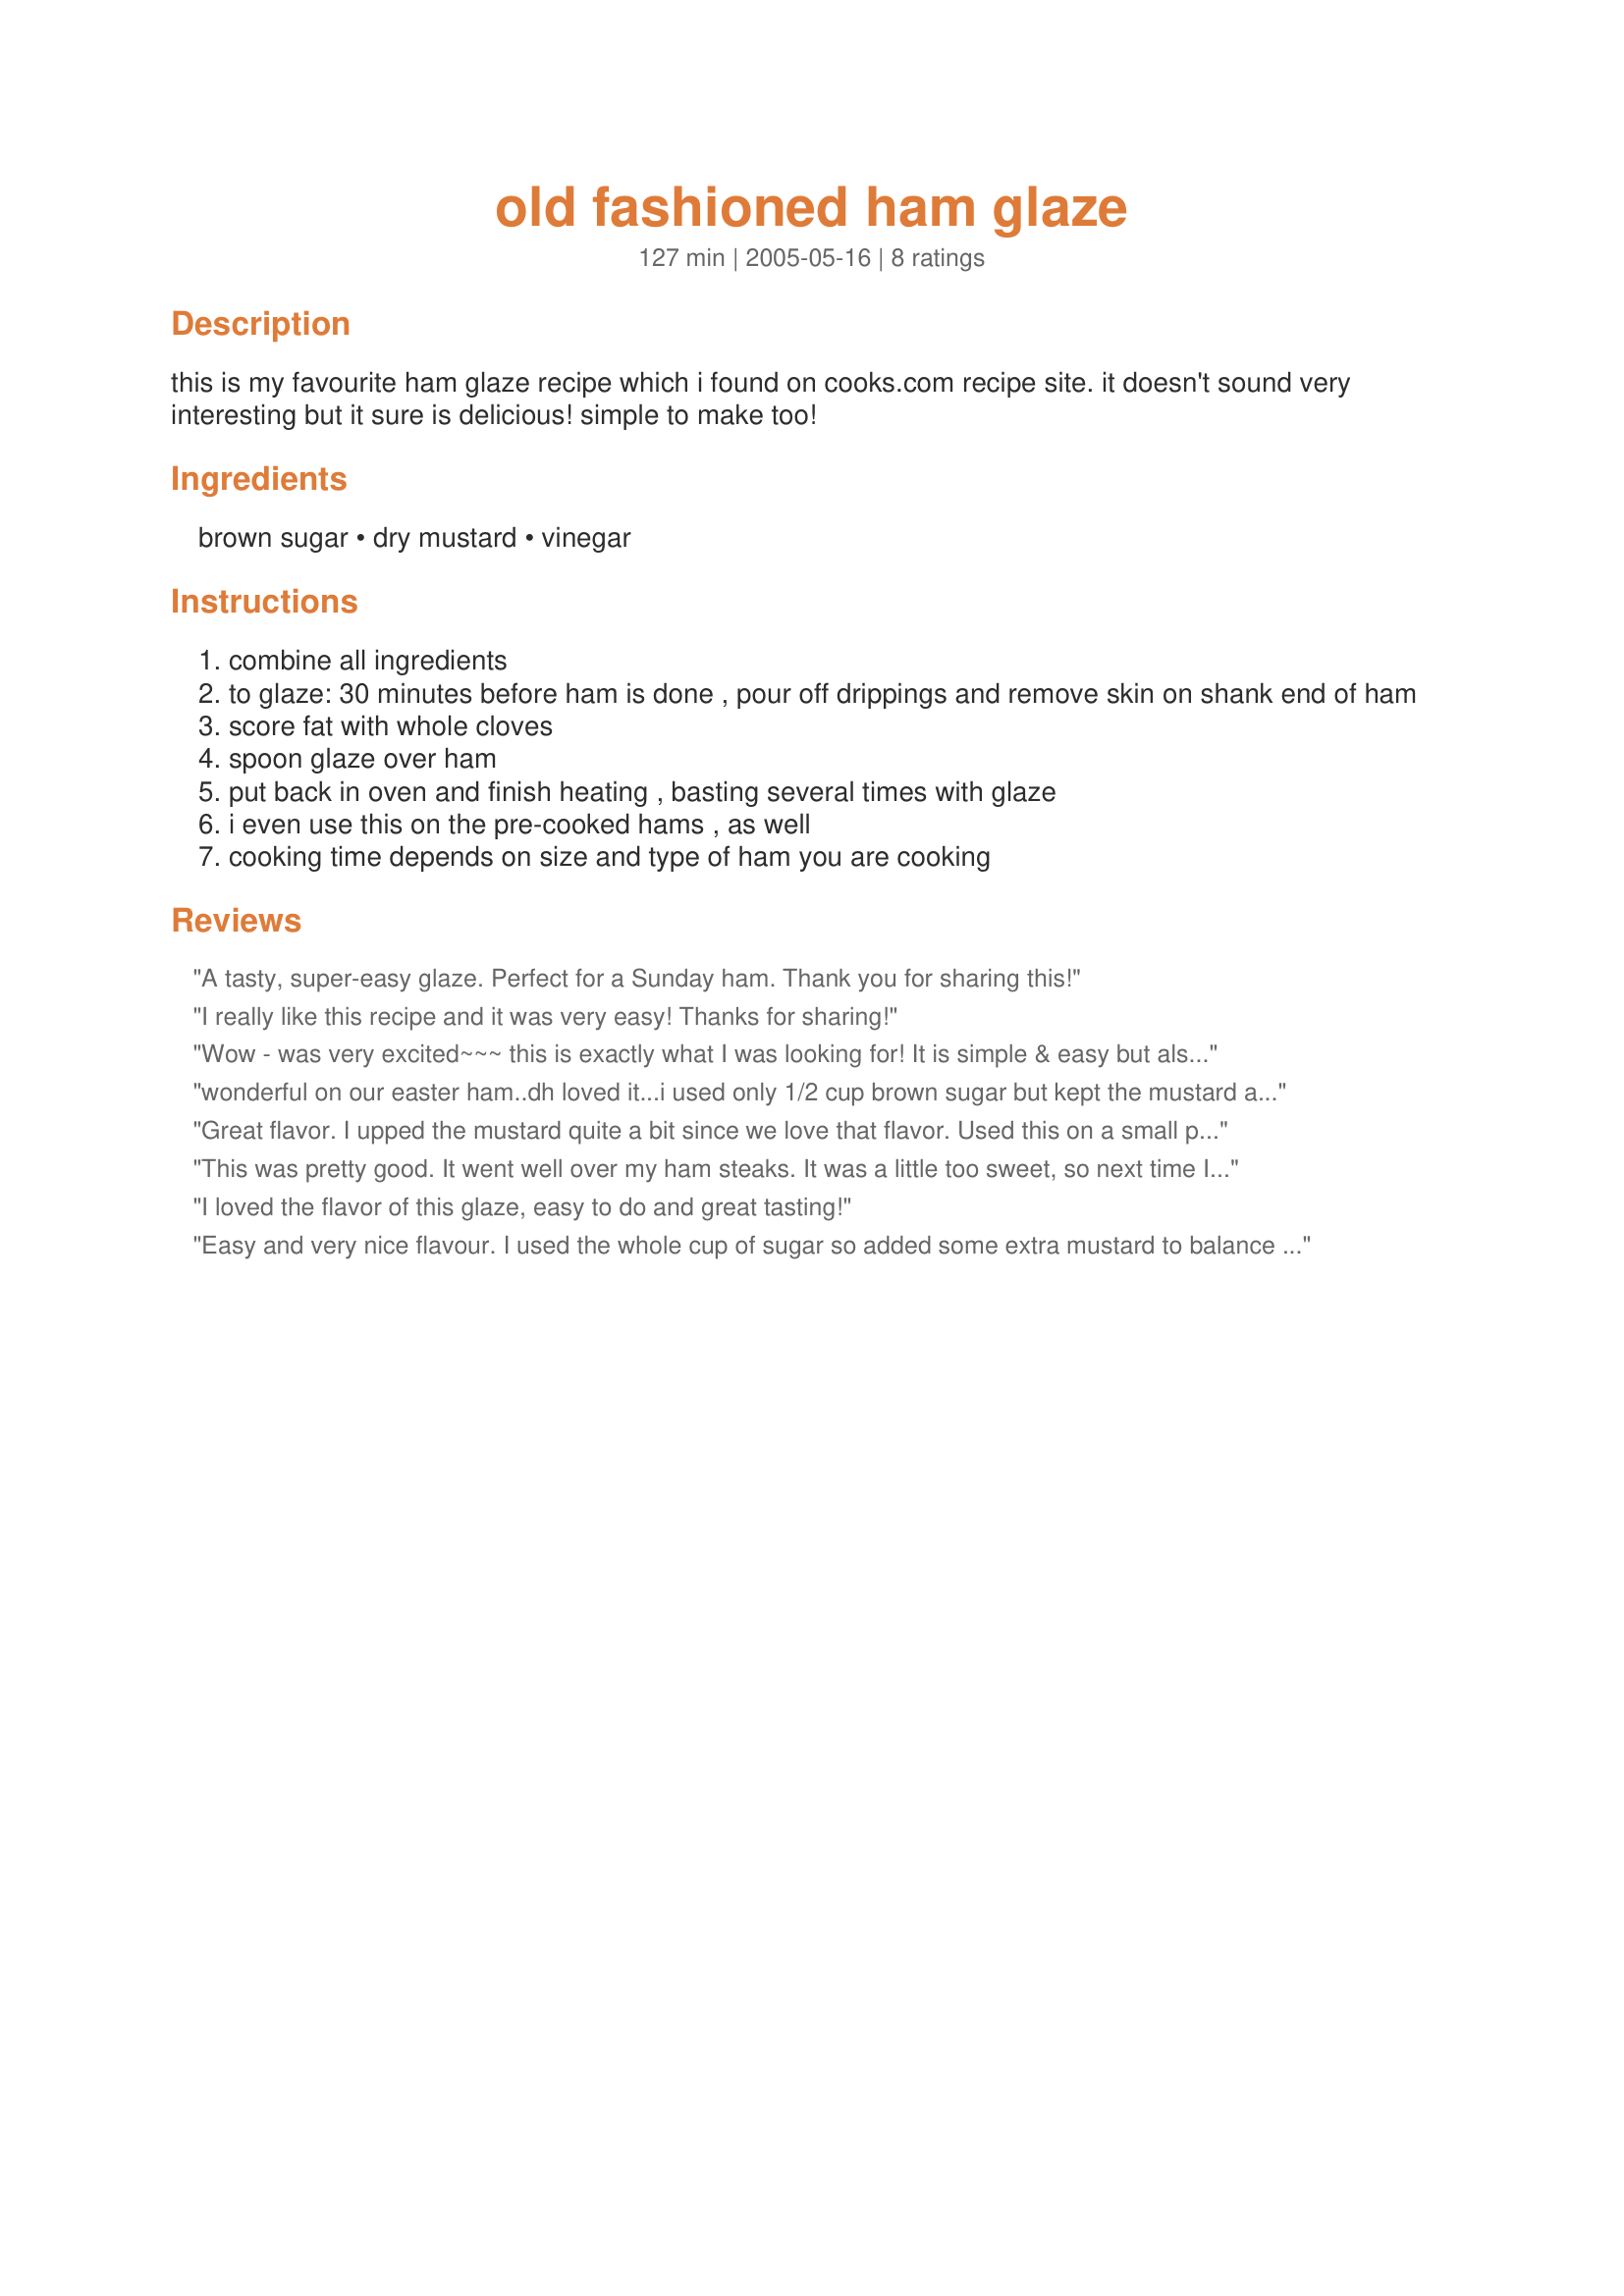
old fashioned ham glaze
Preparation time: 127 minutes

this is my favourite ham glaze recipe which i found on cooks.com recipe site. it doesn't sound very interesting but it sure is delicious! simple to make too!

Ingredients:
brown sugar, dry mustard, vinegar

Steps:
combine all ingredients
to glaze: 30 minutes before ham is done , pour off drippings and remove skin on shank end of ham
score fat with whole cloves
spoon glaze over ham
put back in oven and finish heating , basting several times with glaze
i even use this on the pre-cooked hams , as well
cooking time depends on size and type of ham you are cooking

Reviews:
A tasty, super-easy glaze. Perfect for a Sunday ham. Thank you for sharing this!
I really like this recipe and it was very easy! Thanks for sharing!
Wow - was very excited~~~ this is exactly what I was looking for! It is simple & easy but also verrrrry tasty! Thanks for sharing this recipe!
wonderful on our easter ham..dh loved it...i used only 1/2 cup brown sugar but kept the mustard and vinegar the same...used the 4 Tbsp vinegar...i'll be using this recipe again
Great flavor. I upped the mustard quite a bit since we love that flavor. Used this on a small precooked ham, so we didn't have to bake it very long. Very tasty.
This was pretty good. It went well over my ham steaks. It was a little too sweet, so next time I think I will cut the sugar to 1/2 a cup.
I loved the flavor of this glaze, easy to do and great tasting!
Easy and very nice flavour. I used the whole cup of sugar so added some extra mustard to balance it out. Would definitely recommend this recipe.
